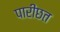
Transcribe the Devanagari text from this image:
पारीछत